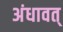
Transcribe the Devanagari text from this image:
अंधावत्